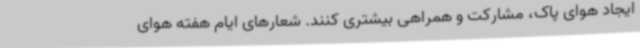
ایجاد هوای پاک، مشارکت و همراهی بیشتری کنند. شعارهای ایام هفته هوای